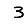
Digit: 3